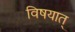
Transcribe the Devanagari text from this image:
विषयात्